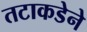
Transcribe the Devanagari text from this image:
तटाकडेने